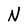
Character: N